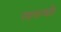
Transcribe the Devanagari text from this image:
रणथम्बौर